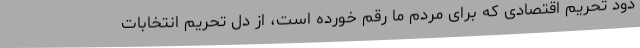
دود تحریم اقتصادی که برای مردم ما رقم خورده است، از دل تحریم انتخابات